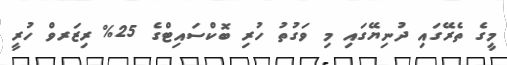
މީގެ ތެރޭގައި ދުނިޔޭގައި މި ވަގުތު ހުރި ބޮކްސައިޓްގެ 25% ރިޒަރވް ހުރީ